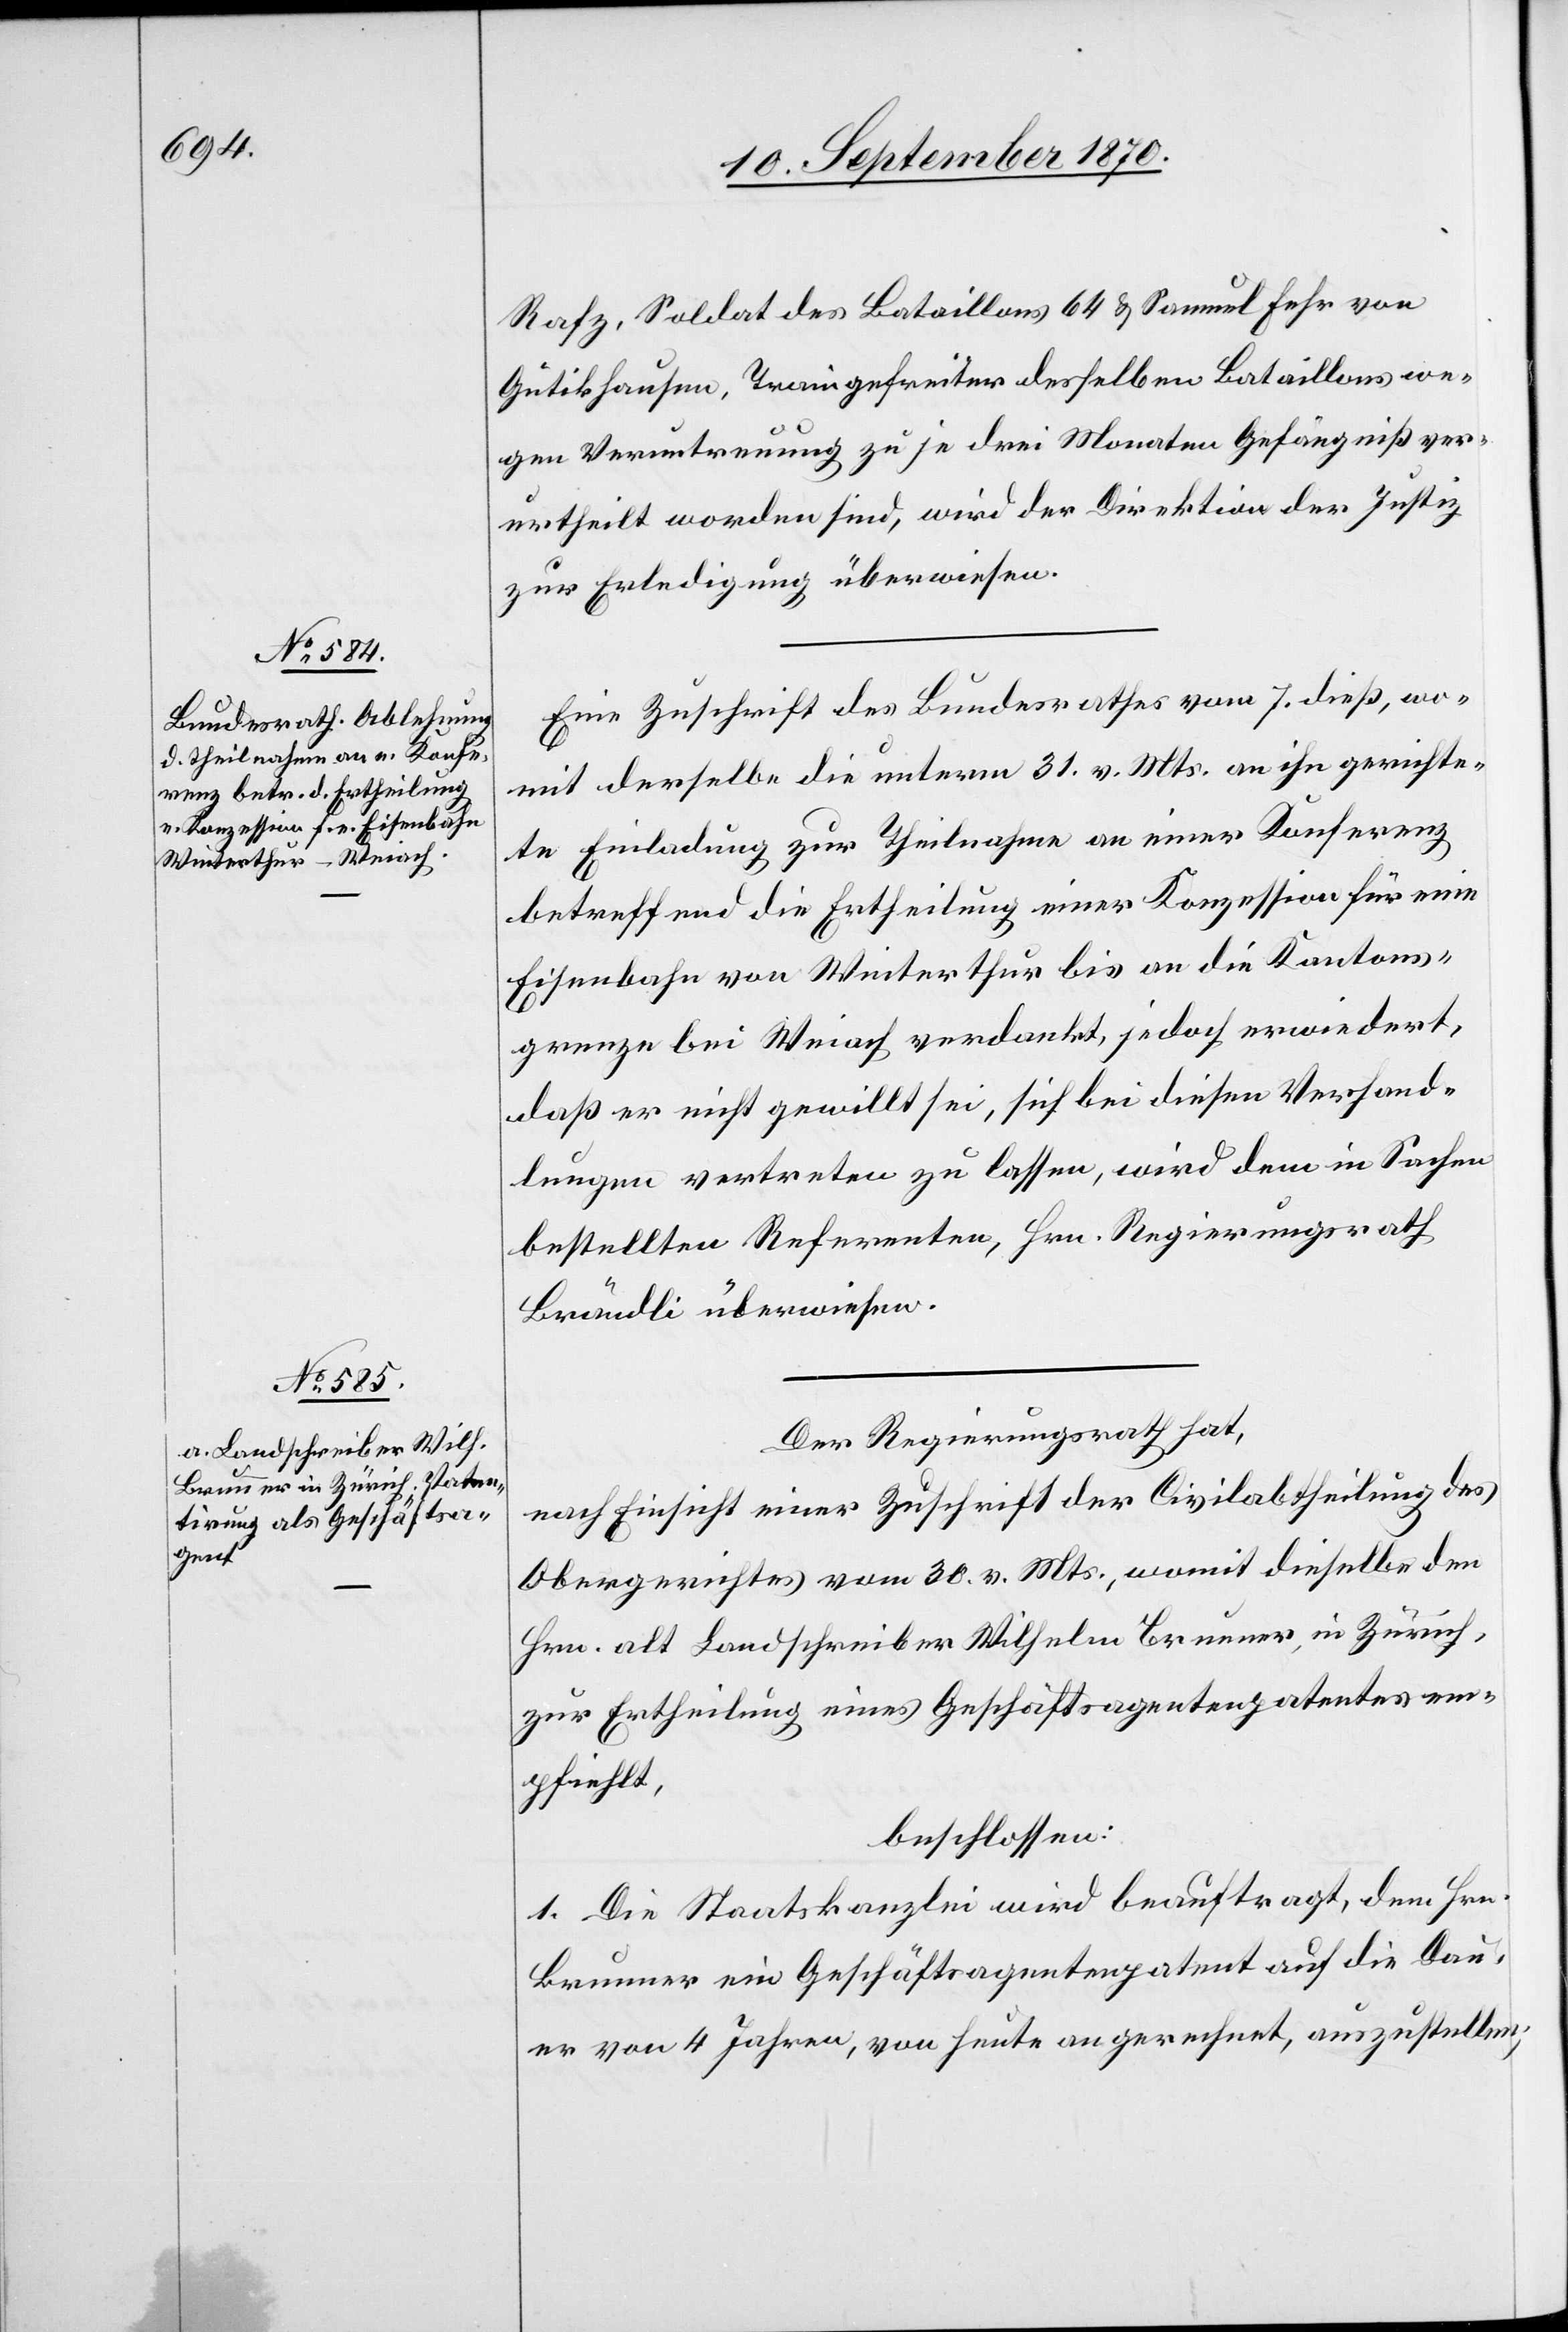
Rafz, Soldat des Bataillons 64 & Samuel Fehr von
Gütikhausen, Traingefreiter desselben Bataillons we¬
gen Veruntreuung zu je drei Monaten Gefängniß ver¬
urtheilt worden sind, wird der Direktion der Justiz
zur Erledigung überwiesen.
Eine Zuschrift des Bundesrathes vom 7. dieß, wo¬
mit derselbe die unterm 31. v. Mts. an ihn gerichte¬
te Einladung zur Theilnahme an einer Konferenz
betreffend die Ertheilung einer Konzession für eine
Eisenbahn von Winterthur bis an die Kantons¬
grenze bei Weiach verdankt, jedoch erwiedert,
daß er nicht gewillt sei, sich bei diesen Verhand¬
lungen vertreten zu lassen, wird dem in Sachen
bestellten Referenten, Hrn. Regierungsrath
Brändli überwiesen.
Der Regierungsrath hat,
nach Einsicht einer Zuschrift der Civilabtheilung des
Obergerichtes vom 30. v. Mts., womit dieselbe den
Hrn. alt Landschreiber Wilhelm Brunner, in Zürich,
zur Ertheilung eines Geschäftsagentenpatentes em¬
pfiehlt,
beschlossen:
1. Die Staatskanzlei wird beauftragt, dem Hrn.
Brunner eine Geschäftsagentenpatent auf die Dau¬
er von 4 Jahren, von heute an gerechnet, auszustellen;